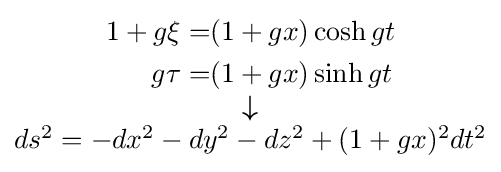
{\scriptstyle {\begin{matrix}{\begin{aligned}1+g\xi =&(1+gx)\cosh gt\\g\tau =&(1+gx)\sinh gt\end{aligned}}\\{\boldsymbol {\downarrow }}\\ds^{2}=-dx^{2}-dy^{2}-dz^{2}+(1+gx)^{2}dt^{2}\end{matrix}}}